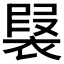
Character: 𧛣